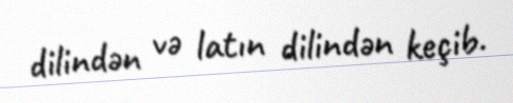
dilindən və latın dilindən keçib.